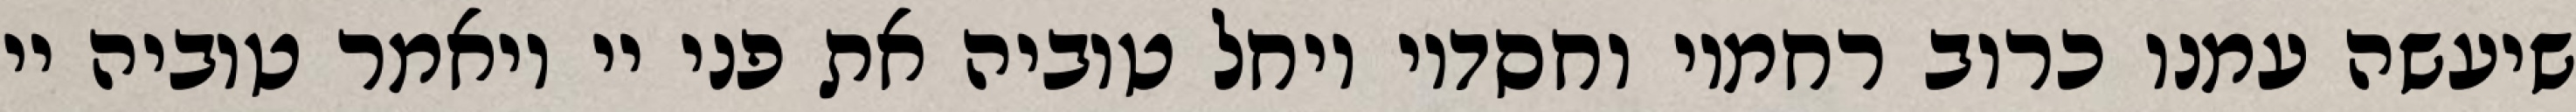
שיעשה עמנו כרוב רחמיו וחסדיו ויחל טוביה את פני יי ויאמר טוביה יי